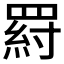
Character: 𦋝